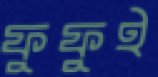
ফুফুই